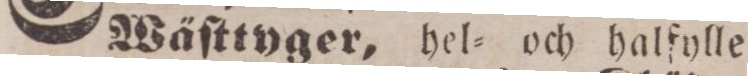
Wäſttyger, hel= och halfylle